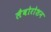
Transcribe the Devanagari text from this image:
लैबोरोशन